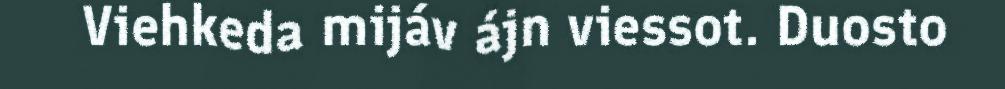
Viehkeda mijáv ájn viessot. Duosto